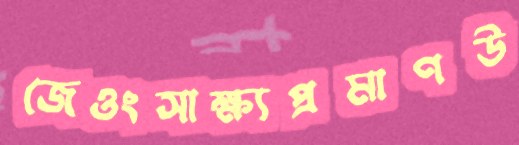
জেওংসাক্ষ্যপ্রমাণউ